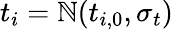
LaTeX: t_{i}=\mathbb{N}(t_{i,0},\sigma_{t})